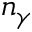
n _ { \gamma }